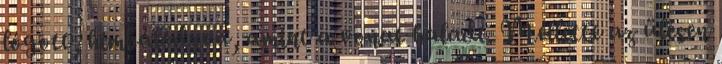
lógott, himbálódzva, amint a vonat haladt. Mellette az ülésen